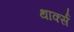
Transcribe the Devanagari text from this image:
थार्क्स